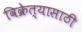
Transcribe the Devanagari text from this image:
विक्रेत्यासाठी